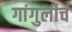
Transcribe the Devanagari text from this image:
गांगुलीचं